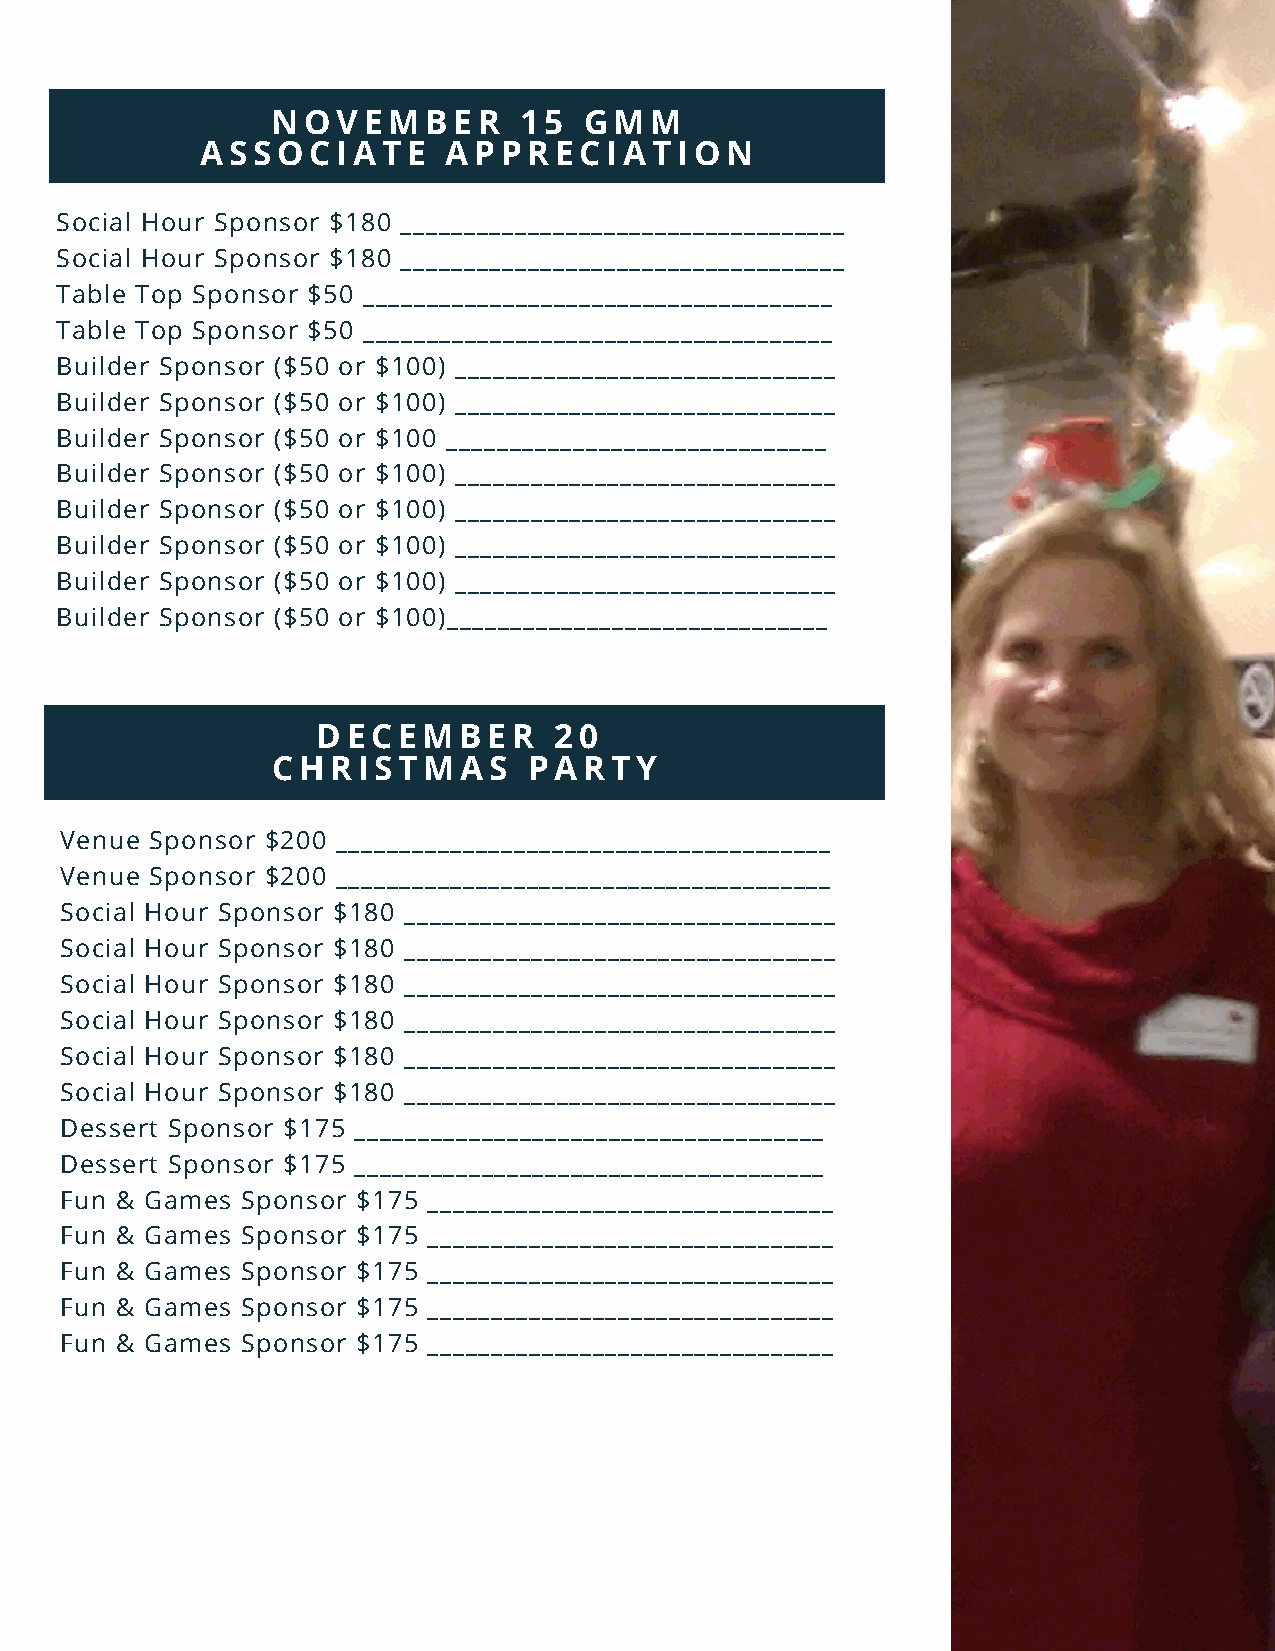
NOVEMBER        15   GMM
 ASSOCIATE       APPRECIATION
 Social Hour Sponsor $180 ___________________________________
 Social Hour Sponsor $180 ___________________________________
 Table Top Sponsor $50 _____________________________________
 Table Top Sponsor $50 _____________________________________
 Builder Sponsor ($50 or $100) ______________________________
 Builder Sponsor ($50 or $100) ______________________________
 Builder Sponsor ($50 or $100 ______________________________
 Builder Sponsor ($50 or $100) ______________________________
 Builder Sponsor ($50 or $100) ______________________________
 Builder Sponsor ($50 or $100) ______________________________
 Builder Sponsor ($50 or $100) ______________________________
 Builder Sponsor ($50 or $100)______________________________
 DECEMBER        20
 CHRISTMAS        PARTY
 Venue Sponsor $200 _______________________________________
 Venue Sponsor $200 _______________________________________
 Social Hour Sponsor $180 __________________________________
 Social Hour Sponsor $180 __________________________________
 Social Hour Sponsor $180 __________________________________
 Social Hour Sponsor $180 __________________________________
 Social Hour Sponsor $180 __________________________________
 Social Hour Sponsor $180 __________________________________
 Dessert Sponsor $175 _____________________________________
 Dessert Sponsor $175 _____________________________________
 Fun & Games Sponsor $175 ________________________________
 Fun & Games Sponsor $175 ________________________________
 Fun & Games Sponsor $175 ________________________________
 Fun & Games Sponsor $175 ________________________________
 Fun & Games Sponsor $175 ________________________________